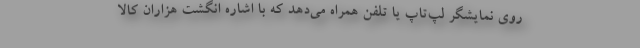
روی نمایشگر لپ‌تاپ یا تلفن همراه می‌دهد که با اشاره انگشت هزاران کالا